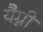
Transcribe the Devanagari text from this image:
यैग्नी